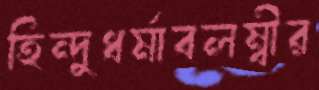
হিন্দুধর্মাবলম্বীর